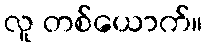
လူ တစ်ယောက်။